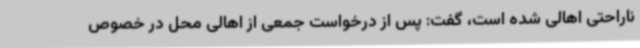
ناراحتی اهالی شده است، گفت: پس از درخواست جمعی از اهالی محل در خصوص